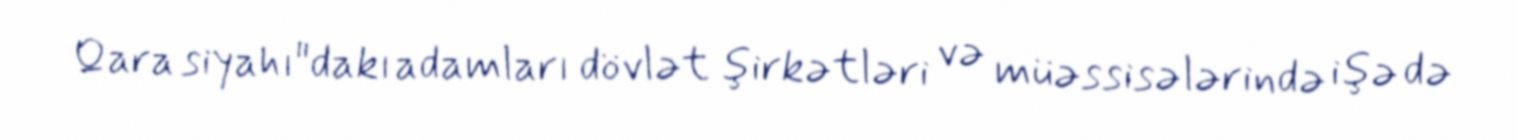
Qara siyahı"dakı adamları dövlət şirkətləri və müəssisələrində işə də